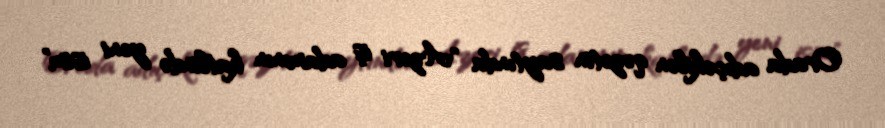
Orada adıçəkilən qəzetin saytında "Azeri iş adamının katlində yeni isim"